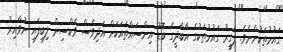
ގައުމުތަކުންނެވެ. ފަގީރު ގައުމުތަކުގެ އާބާދީގެ ބޮޑު އިންސައްތައަކަށް އަދިވެސް ވެކްސިން ލިބިފައި ނުވާއިރު